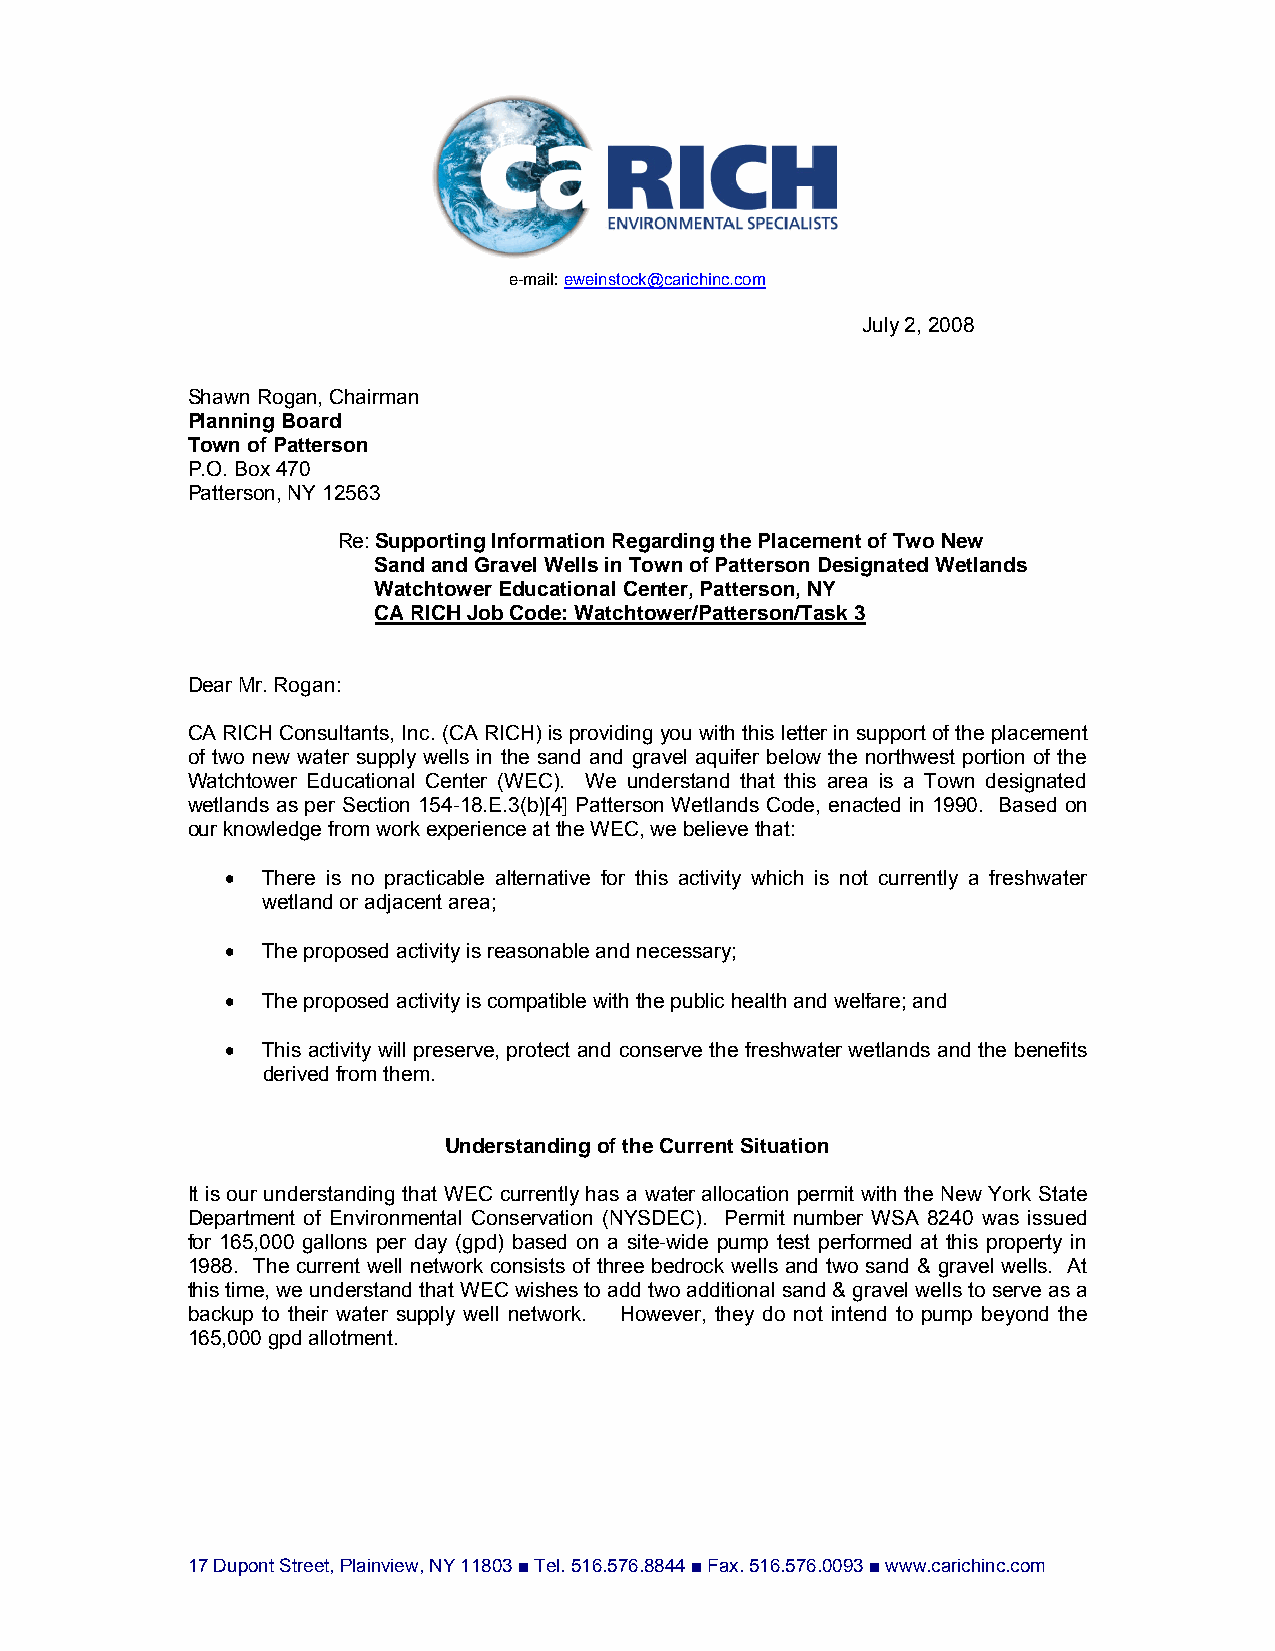
e-mail: eweinstock@carichinc.com
 July 2, 2008
 Shawn Rogan, Chairman
 Planning Board
 Town of Patterson
 P.O. Box 470
 Patterson, NY 12563
 Re: Supporting Information Regarding the Placement of Two New
 Sand and Gravel Wells in Town of Patterson Designated Wetlands
 Watchtower Educational Center, Patterson, NY
 CA RICH Job Code: Watchtower/Patterson/Task 3
 Dear Mr. Rogan:
 CA RICH Consultants, Inc. (CA RICH) is providing you with this letter in support of the placement
 of two new water supply wells in the sand and gravel aquifer below the northwest portion of the
 Watchtower Educational Center (WEC). We understand that this area is a Town designated
 wetlands as per Section 154-18.E.3(b)[4] Patterson Wetlands Code, enacted in 1990. Based on
 our knowledge from work experience at the WEC, we believe that:
 • There is no practicable alternative for this activity which is not currently a freshwater
 wetland or adjacent area;
 • The proposed activity is reasonable and necessary;
 • The proposed activity is compatible with the public health and welfare; and
 • This activity will preserve, protect and conserve the freshwater wetlands and the benefits
 derived from them.
 Understanding of the Current Situation
 It is our understanding that WEC currently has a water allocation permit with the New York State
 Department of Environmental Conservation (NYSDEC). Permit number WSA 8240 was issued
 for 165,000 gallons per day (gpd) based on a site-wide pump test performed at this property in
 1988. The current well network consists of three bedrock wells and two sand & gravel wells. At
 this time, we understand that WEC wishes to add two additional sand & gravel wells to serve as a
 backup to their water supply well network. However, they do not intend to pump beyond the
 165,000 gpd allotment.
 17 Dupont Street, Plainview, NY 11803 ■ Tel. 516.576.8844 ■ Fax. 516.576.0093 ■ www.carichinc.com